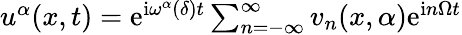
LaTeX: \begin{array}{r}{u^{\alpha}(x,t)=\mathrm{e}^{\mathrm{i}\omega^{\alpha}(\delta)t}\sum_{n=-\infty}^{\infty}v_{n}(x,\alpha)\mathrm{e}^{\mathrm{i}n\Omega t}}\end{array}